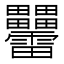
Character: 𤴑